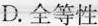
D. 全等性